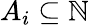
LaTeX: A_{i}\subseteq\mathbb{N}